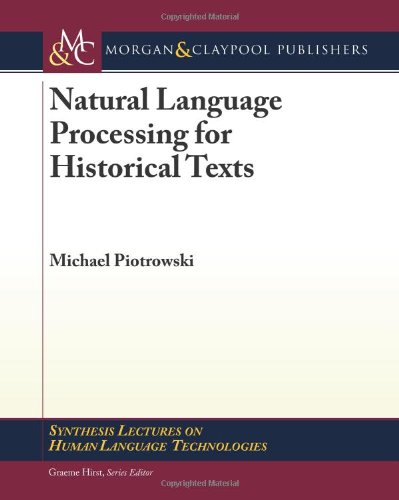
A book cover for Natural Language Processing for Historical Texts (Synthesis Lectures on Human Language Technologies); Michael Piotrowski; Computers & Technology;